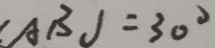
( A B ) = 3 0 ^ { \circ }